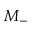
M _ { - }